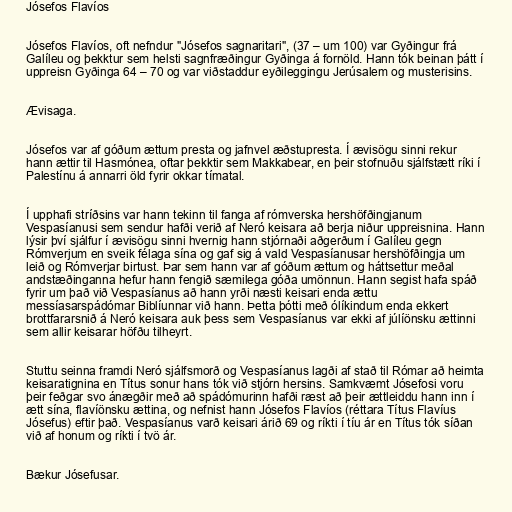
Jósefos Flavíos

Jósefos Flavíos, oft nefndur "Jósefos sagnaritari", (37 – um 100) var Gyðingur frá
Galíleu og þekktur sem helsti sagnfræðingur Gyðinga á fornöld. Hann tók beinan þátt í
uppreisn Gyðinga 64 – 70 og var viðstaddur eyðileggingu Jerúsalem og musterisins.

Ævisaga.

Jósefos var af góðum ættum presta og jafnvel æðstupresta. Í ævisögu sinni rekur
hann ættir til Hasmónea, oftar þekktir sem Makkabear, en þeir stofnuðu sjálfstætt ríki í
Palestínu á annarri öld fyrir okkar tímatal.

Í upphafi stríðsins var hann tekinn til fanga af rómverska hershöfðingjanum
Vespasíanusi sem sendur hafði verið af Neró keisara að berja niður uppreisnina. Hann
lýsir því sjálfur í ævisögu sinni hvernig hann stjórnaði aðgerðum í Galíleu gegn
Rómverjum en sveik félaga sína og gaf sig á vald Vespasíanusar hershöfðingja um
leið og Rómverjar birtust. Þar sem hann var af góðum ættum og háttsettur meðal
andstæðinganna hefur hann fengið sæmilega góða umönnun. Hann segist hafa spáð
fyrir um það við Vespasíanus að hann yrði næsti keisari enda ættu
messíasarspádómar Biblíunnar við hann. Þetta þótti með ólíkindum enda ekkert
brottfararsnið á Neró keisara auk þess sem Vespasíanus var ekki af júlíönsku ættinni
sem allir keisarar höfðu tilheyrt.

Stuttu seinna framdi Neró sjálfsmorð og Vespasíanus lagði af stað til Rómar að heimta
keisaratignina en Títus sonur hans tók við stjórn hersins. Samkvæmt Jósefosi voru
þeir feðgar svo ánægðir með að spádómurinn hafði ræst að þeir ættleiddu hann inn í
ætt sína, flavíönsku ættina, og nefnist hann Jósefos Flavíos (réttara Títus Flavíus
Jósefus) eftir það. Vespasíanus varð keisari árið 69 og ríkti í tíu ár en Títus tók síðan
við af honum og ríkti í tvö ár.

Bækur Jósefusar.